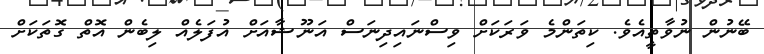
ބޭނުން ނުވާތީއެވެ. ކިތަންމެ ވަރަކަށް ވިސްނައިދިނަސް އަނޫޝާއަށް އުފަލެއް ލިބެން އޮތް ގޮތަކަށް